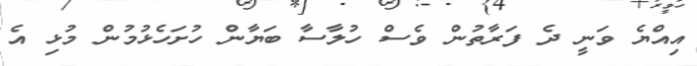
އިއްޔެ ވަނީ ދެ ފަރާތުން ވެސް ހުލާސާ ބަޔާން ހުށަހެޅުމުން މުޅި އެ